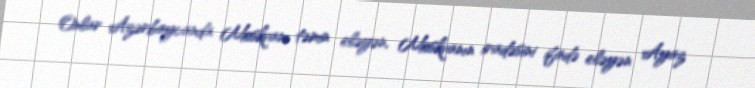
Onlar Azərbaycanda Moskvanı təmin eləyən, Moskvanın iradəsini ifadə eləyən Ayaz